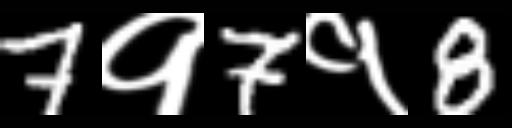
Text: 7१7१8